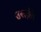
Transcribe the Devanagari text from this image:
उसक़ी